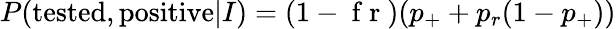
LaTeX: \begin{array}{r}{P(\mathrm{tested,positive}|I)=(1-\mathrm{~f~r~})(p_{+}+p_{r}(1-p_{+}))}\end{array}